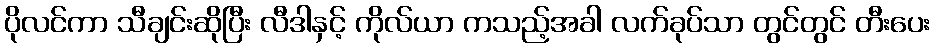
ပိုလင်ကာ သီချင်းဆိုပြီး လီဒါနှင့် ကိုလ်ယာ ကသည့်အခါ လက်ခုပ်သာ တွင်တွင် တီးပေး